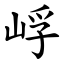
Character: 㟊